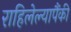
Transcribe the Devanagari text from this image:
राहिलेल्यापैंकी